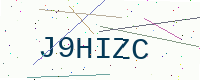
Text: J9HIZC